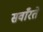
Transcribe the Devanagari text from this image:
सवाँरते